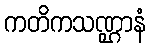
ကတိကသဏ္ဌာနံ